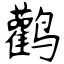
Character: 鹳